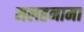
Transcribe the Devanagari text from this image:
मलहनामा